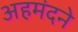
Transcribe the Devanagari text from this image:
अहमंदने